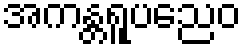
အကန္တရူပညေဝ